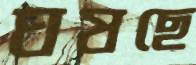
ঘষছে